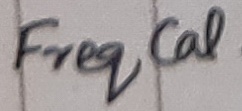
Text: Freq CAL.